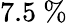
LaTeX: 7.5~\%